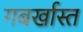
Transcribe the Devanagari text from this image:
गबर्खास्‍त